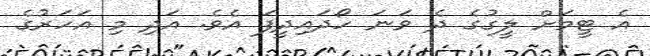
އެ ޓީމަށް ލީގުގެ ދެ ވަނަ ހޯދައިދީފަ އެވެ. އަދި މި އަހަރުގެ